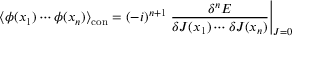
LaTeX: \langle \phi ( x _ { 1 } ) \cdots \phi ( x _ { n } ) \rangle _ { \mathrm { c o n } } = ( - i ) ^ { n + 1 } \left. { \frac { \delta ^ { n } E } { \delta J ( x _ { 1 } ) \cdots \delta J ( x _ { n } ) } } \right| _ { J = 0 }